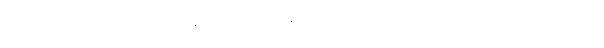
ပါဝင်ခဲ့တဲ့ ဒရမ်မာသင်တန်းတစ်ခုက သူ့ကို လွှမ်းမိုးမှုရှိခဲ့တာကြောင့် မင်းသားတစ်ယောက်ဖြစ်လို့လည်း